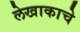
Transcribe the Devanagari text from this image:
लेखाकाचे